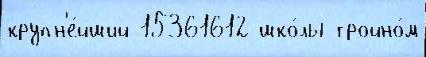
крупн'е́йший 15361612 шко́лы тройно́м